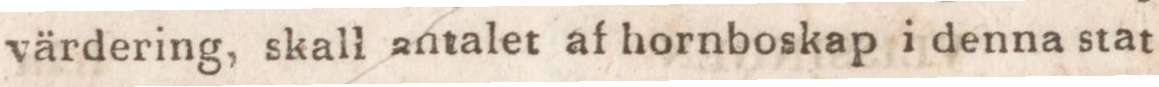
värdering, skall antalet af hornboskap i denna stat